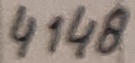
Text: 4148